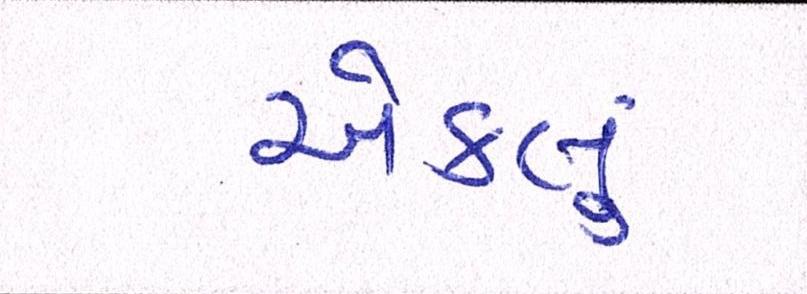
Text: એકલું